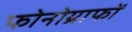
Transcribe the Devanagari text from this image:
फोनोग्राफों